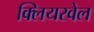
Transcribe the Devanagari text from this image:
क्लियरवेल